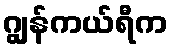
ဂျွန်ကယ်ရီက